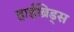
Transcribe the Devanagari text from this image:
हाईब्रिड्स